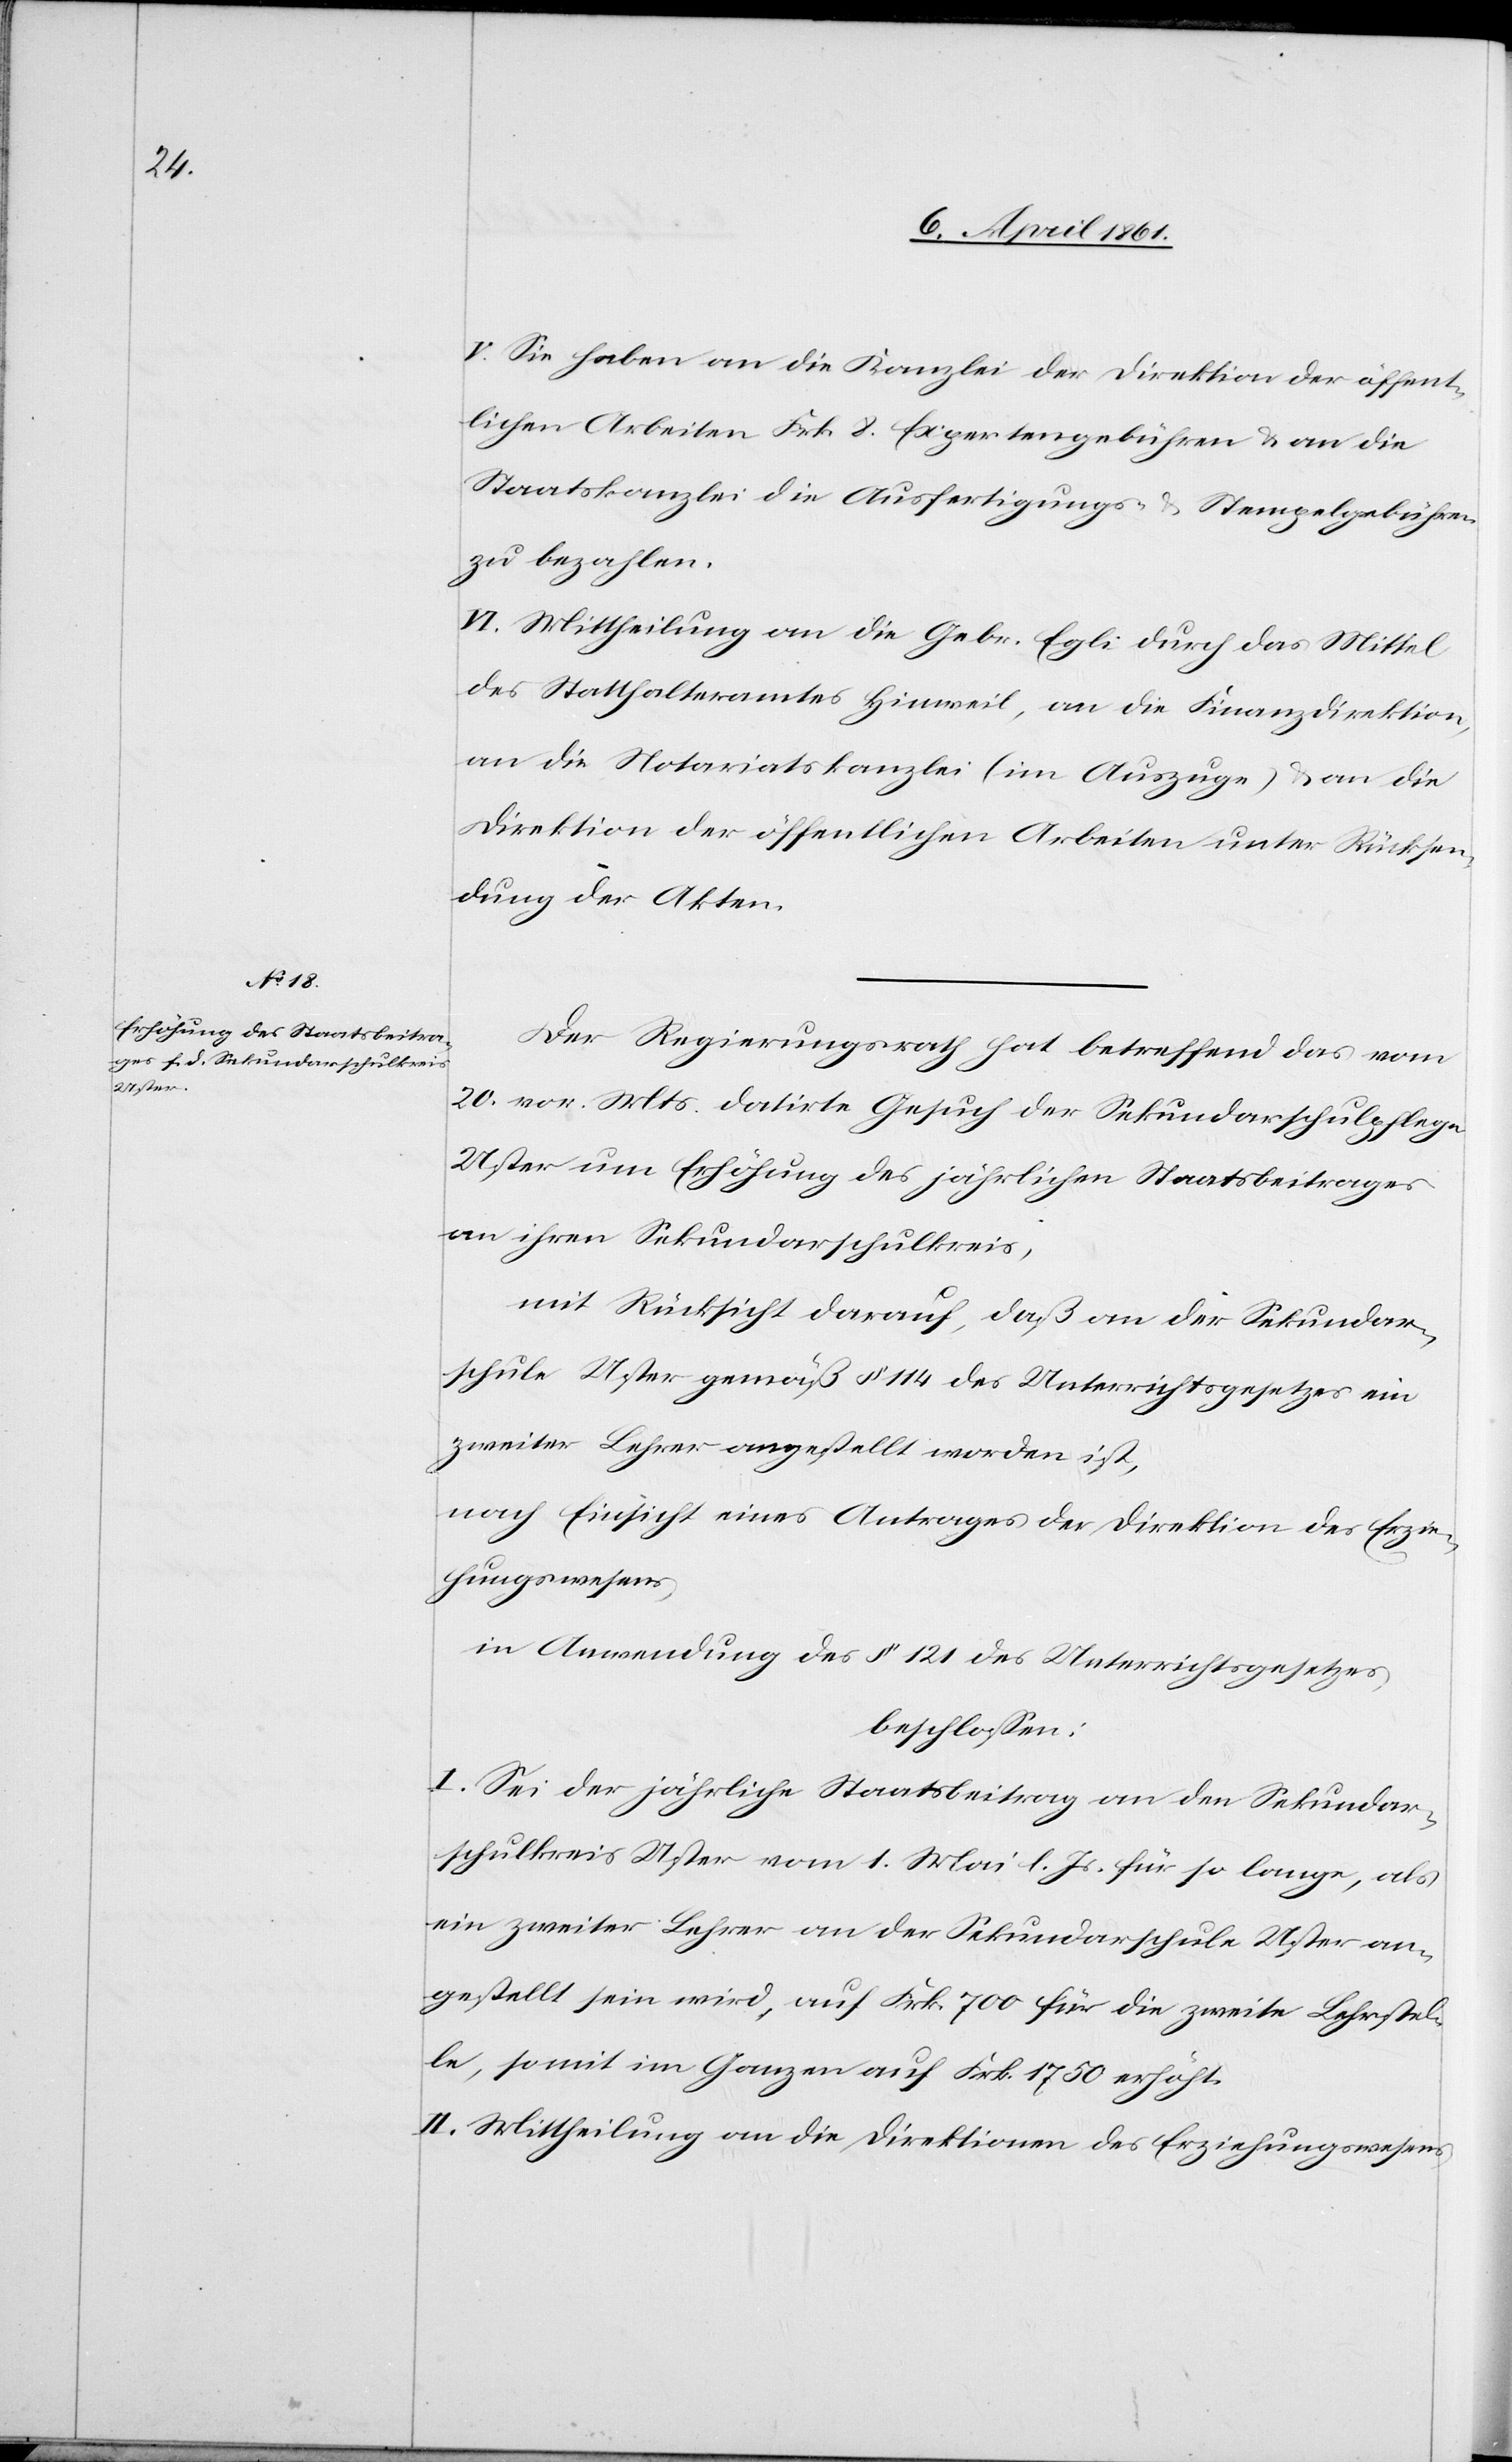
V. Sie haben an die Kanzlei der Direktion der öffent¬
lichen Arbeiten Frk. 8 Expertengebühren u. an die
Staatskanzlei die Ausfertigungs- u. Stempelgebühren
zu bezahlen.
VI. Mittheilung an die Gebr. Egli durch das Mittel
des Statthalteramtes Hinweil, an die Finanzdirektion,
an die Notariatskanzlei (im Auszuge) u. an die
Direktion der öffentlichen Arbeiten unter Rücksen¬
dung der Akten.
Der Regierungsrath hat betreffend das von
20. vor. Mts. datirte Gesuch der Sekundarschulpflege
Uster um Erhöhung des jährlichen Staatsbeitrages
an ihren Sekundarschulkreis,
mit Rücksicht darauf, daß an der Sekundar¬
schule Uster gemäß § 144 des Unterrichtsgesetzes ein
zweiter Lehrer angestellt worden ist,
nach Einsicht eines Antrages der Direktion des Erzie¬
hungswesens,
in Anwendung des § 121 des Unterrichtsgesetzes,
beschlossen:
I. Sei der jährliche Staatsbeitrag an den Sekundar¬
schulkreis Uster vom 1. Mai l. Js. so lange, als
ein zweiter Lehrer an der Sekundarschule Uster an¬
gestellt sein wird, auf Frk. 700 für die zweite Lehrstel¬
le, somit im Ganzen auf Frk. 1750 erhöht.
II. Mittheilung an die Direktionen des Erziehungswesens